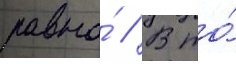
равна́ // В то́